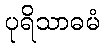
ပုရိသာဓမံ